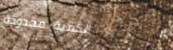
الكمية محدودة